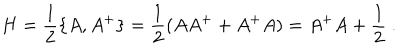
H = \frac 1 2 \{ A , A ^ { + } \} = \frac 1 2 ( A A ^ { + } + A ^ { + } A ) = A ^ { + } A + \frac 1 2 \ .